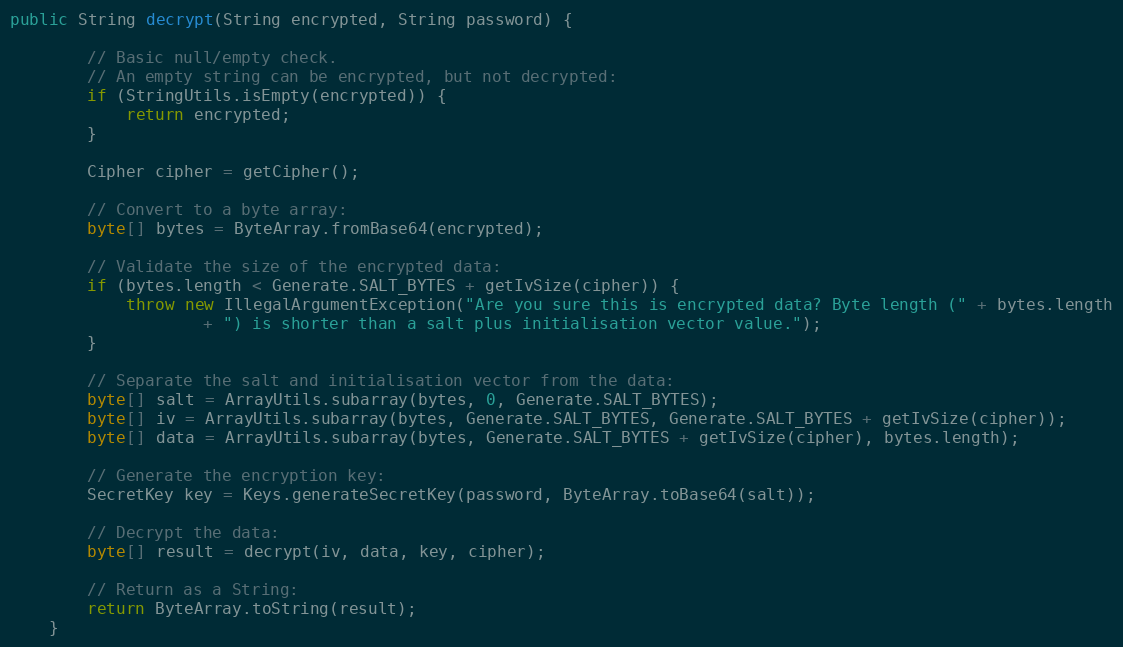
Language: Java
public String decrypt(String encrypted, String password) {

        // Basic null/empty check.
        // An empty string can be encrypted, but not decrypted:
        if (StringUtils.isEmpty(encrypted)) {
            return encrypted;
        }

        Cipher cipher = getCipher();

        // Convert to a byte array:
        byte[] bytes = ByteArray.fromBase64(encrypted);

        // Validate the size of the encrypted data:
        if (bytes.length < Generate.SALT_BYTES + getIvSize(cipher)) {
            throw new IllegalArgumentException("Are you sure this is encrypted data? Byte length (" + bytes.length
                    + ") is shorter than a salt plus initialisation vector value.");
        }

        // Separate the salt and initialisation vector from the data:
        byte[] salt = ArrayUtils.subarray(bytes, 0, Generate.SALT_BYTES);
        byte[] iv = ArrayUtils.subarray(bytes, Generate.SALT_BYTES, Generate.SALT_BYTES + getIvSize(cipher));
        byte[] data = ArrayUtils.subarray(bytes, Generate.SALT_BYTES + getIvSize(cipher), bytes.length);

        // Generate the encryption key:
        SecretKey key = Keys.generateSecretKey(password, ByteArray.toBase64(salt));

        // Decrypt the data:
        byte[] result = decrypt(iv, data, key, cipher);

        // Return as a String:
        return ByteArray.toString(result);
    }